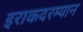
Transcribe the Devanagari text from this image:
इराकदरम्यान